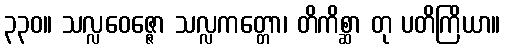
၃၃၀။ သလ္လဝေဇ္ဇော သလ္လကတ္တော၊ တိကိစ္ဆာ တု ပတိကြိယာ။